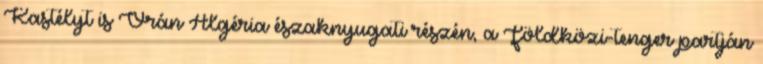
Kastélyt is Orán Algéria északnyugati részén, a Földközi-tenger partján